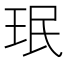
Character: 珉